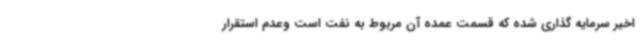
اخیر سرمایه گذاری شده که قسمت عمده آن مربوط به نفت است وعدم استقرار